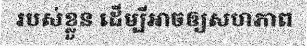
របស់ខ្លួន ដើម្បីអាចឲ្យសហភាព